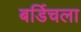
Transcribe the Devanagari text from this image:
बर्डिचला